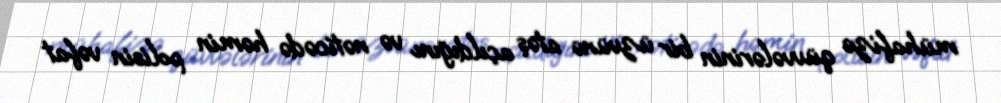
mühafizə qüvvələrinin bir üzvünə atəş açıldığını və nəticədə həmin polisin vəfat